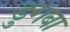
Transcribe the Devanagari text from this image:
डुगबा